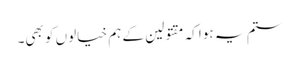
ستم یہ ہوا کہ مقتولین کے ہم خیالوں کو بھی۔